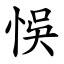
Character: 悞